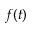
f ( t )